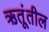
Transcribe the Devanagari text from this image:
ऋतूंतील